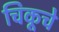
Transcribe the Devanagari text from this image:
चिकूचे